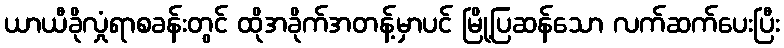
ယာယီခိုလှုံရာစခန်းတွင် ထိုအခိုက်အတန့်မှာပင် မြို့ပြဆန်သော လက်ဆက်ပေးပြီး